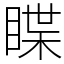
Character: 䁋